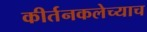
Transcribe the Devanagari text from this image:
कीर्तनकलेच्याच